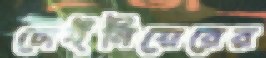
চোইনিয়েরের